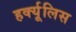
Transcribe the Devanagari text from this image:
हर्क्यूलिस